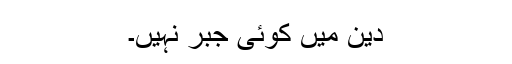
دین میں کوئی جبر نہیں۔